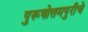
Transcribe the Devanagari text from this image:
पुरूषोत्तमपुरीचे